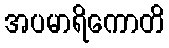
အပမာရိကောတိ